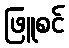
ဖြူစင်